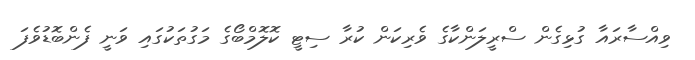
ވިއްސާރައާ ގުޅިގެން ސްރީލަންކާގެ ވެރިކަން ކުރާ ސިޓީ ކޮލޮމްބޯގެ މަގުތަކުގައި ވަނީ ފެންބޮޑުވެފަ